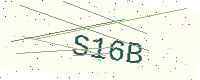
Text: S16B